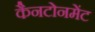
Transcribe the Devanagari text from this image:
कैनटोनमेंट